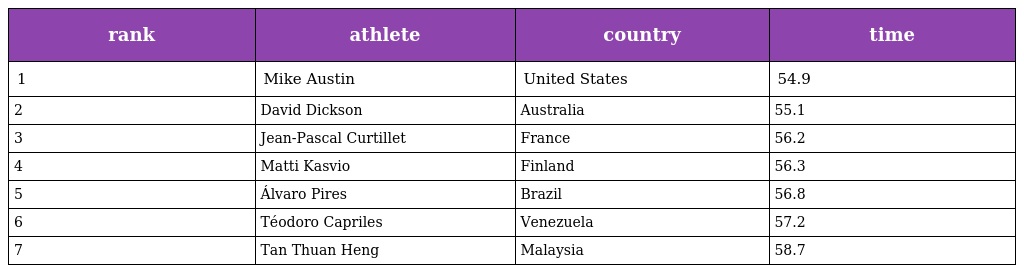
| rank | athlete | country | time |
 | --- | --- | --- | --- |
 | 1 | Mike Austin | United States | 54.9 |
 | 2 | David Dickson | Australia | 55.1 |
 | 3 | Jean-Pascal Curtillet | France | 56.2 |
 | 4 | Matti Kasvio | Finland | 56.3 |
 | 5 | Álvaro Pires | Brazil | 56.8 |
 | 6 | Téodoro Capriles | Venezuela | 57.2 |
 | 7 | Tan Thuan Heng | Malaysia | 58.7 |